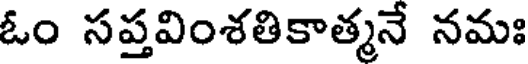
ఓం సప్తవింశతికాత్మనే నమః